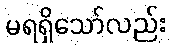
မရရှိသော်လည်း